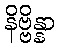
နိဗ္ဗိန္နာ